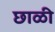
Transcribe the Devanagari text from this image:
छाळी